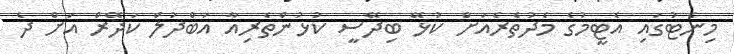
މިނެޓުގައި އެޓީމުގެ މެދުތެރެއަށް ކުޅޭ ބިދޭސީ ކުޅުންތެރިއާ އަބްދުލް ކަދޭރް އަށް ދެ